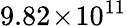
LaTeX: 9.82\! \times\! 10^{11}